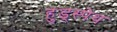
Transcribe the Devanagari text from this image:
हुड्स्पेथ